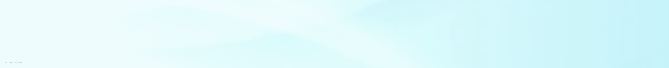
خدمة توصيل البقالة والموا